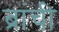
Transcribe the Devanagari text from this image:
ब्रांची